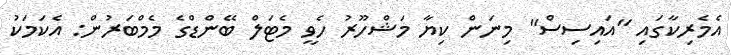
އެމެރިކާގައި "އައިސިސް" މިނަން ކިޔާ މަޝްހޫރު ހެވީ މެޓަލް ބޭންޑްގެ މެމްބަރުން: އެކަމަކު